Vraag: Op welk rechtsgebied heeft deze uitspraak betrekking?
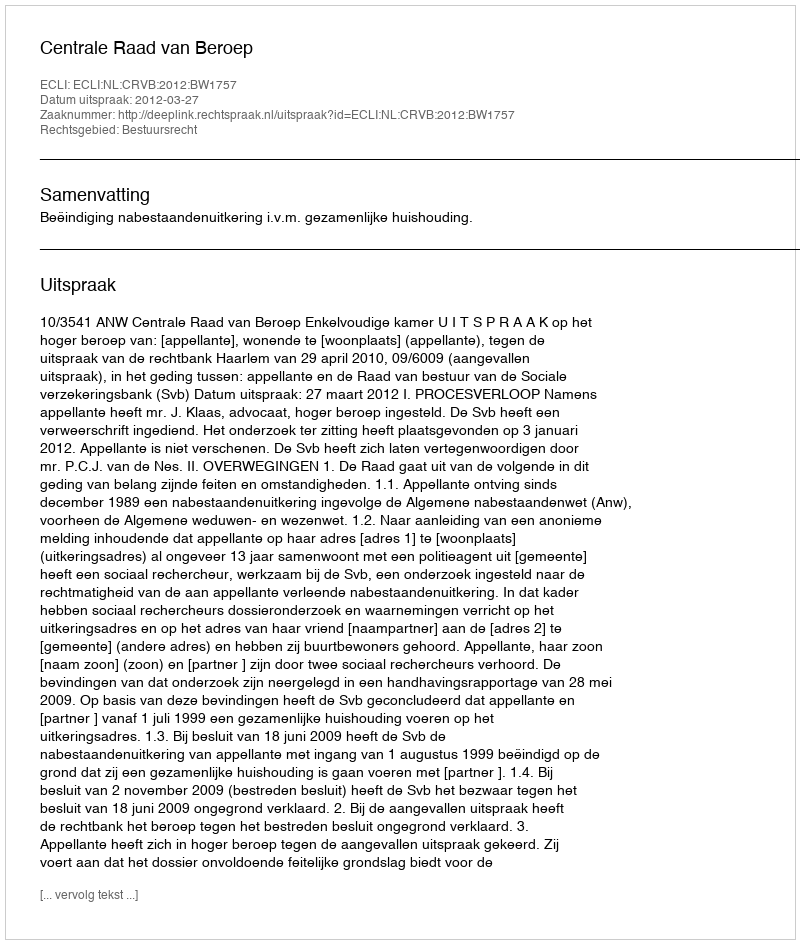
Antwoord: Bestuursrecht